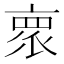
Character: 𬽕